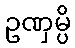
ဥဏှမ္ပိ